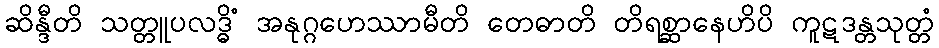
ဆိန္ဒီတိ သတ္တူပလဒ္ဓိံ အနုဂ္ဂဟေဿာမီတိ တေဓာတိ တိရစ္ဆာနေဟိပိ ကူဋဒန္တသုတ္တံ